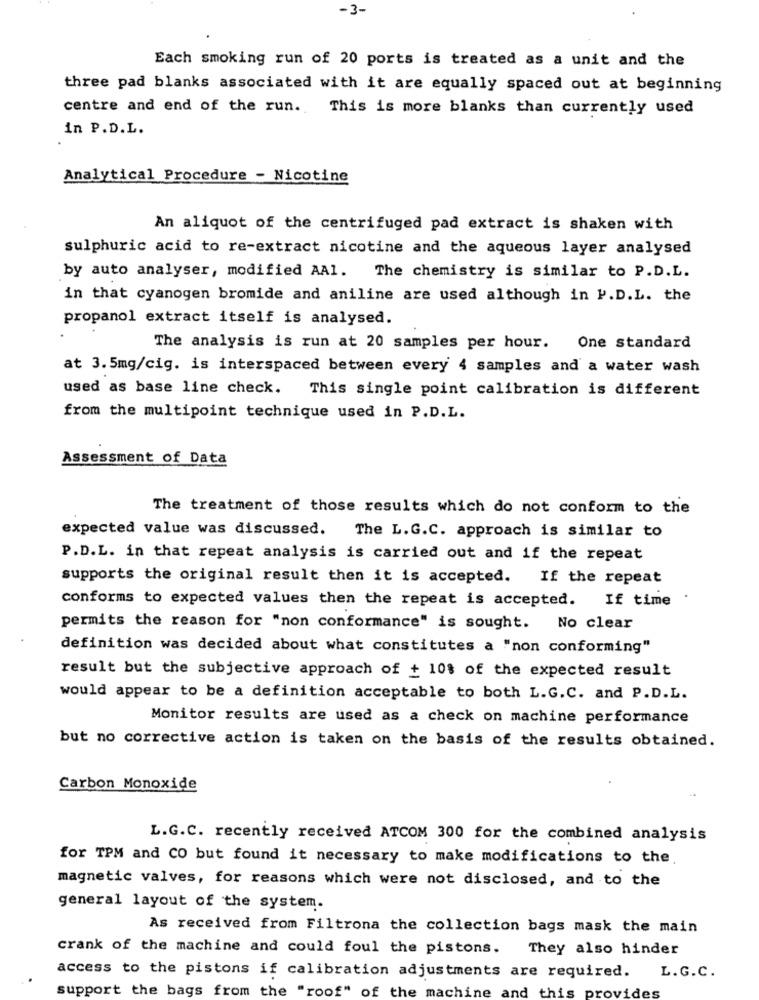
-3-
Each smoking run of 20 ports is treated as a unit and the
three pad blanks associated with it are equally spaced out at beginning
centre and end of the run. This is more blanks than currently used
in P.D.L.
Analytical Procedure - Nicotine
An aliquot of the centrifuged pad extract is shaken with
sulphuric acid to re-extract nicotine and the aqueous layer analysed
by auto analyser, modified AAl. The chemistry is similar to P.D.L.
in that cyanogen bromide and aniline are used although in P.D.L. the
propanol extract itself is analysed.
The analysis is run at 20 samples per hour.
One standard
at 3.5mg/cig. is interspaced between every 4 samples and a water wash
used as base line check. This single point calibration is different
from the multipoint technique used in P.D.L.
Assessment of Data
The treatment of those results which do not conform to the
expected value was discussed. The L.G.C. approach is similar to
P.D.L. in that repeat analysis is carried out and if the repeat
supports the original result then it is accepted. If the repeat
conforms to expected values then the repeat is accepted.
If time
permits the reason for "non conformance" is sought. No clear
definition was decided about what constitutes a "non conforming"
result but the subjective approach of + 10$ of the expected result
would appear to be a definition acceptable to both L.G.C. and P.D.L.
Monitor results are used as a check on machine performance
but no corrective action is taken on the basis of the results obtained.
Carbon Monoxide
L.G.C. recently received ATCOM 300 for the combined analysis
for TPM and CO but found it necessary to make modifications to the.
magnetic valves, for reasons which were not disclosed, and to the
general layout of the system.
As received from Filtrona the collection bags mask the main
crank of the machine and could foul the pistons. They also hinder
access to the pistons if calibration adjustments are required.
L.G.C.
support the bags from the "roof" of the machine and this provides